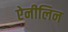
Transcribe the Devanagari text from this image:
ऐनीलिन